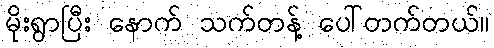
မိုးရွာပြီး နောက် သက်တန့် ပေါ်တက်တယ်။